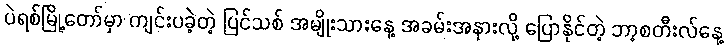
ပဲရစ်မြို့တော်မှာ ကျင်းပခဲ့တဲ့ ပြင်သစ် အမျိုးသားနေ့ အခမ်းအနားလို့ ပြောနိုင်တဲ့ ဘာ့စတီးလ်နေ့